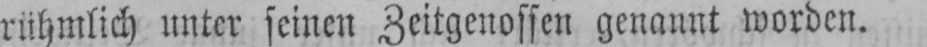
rühmlich unter seinen Zeitgenossen genannt worden.